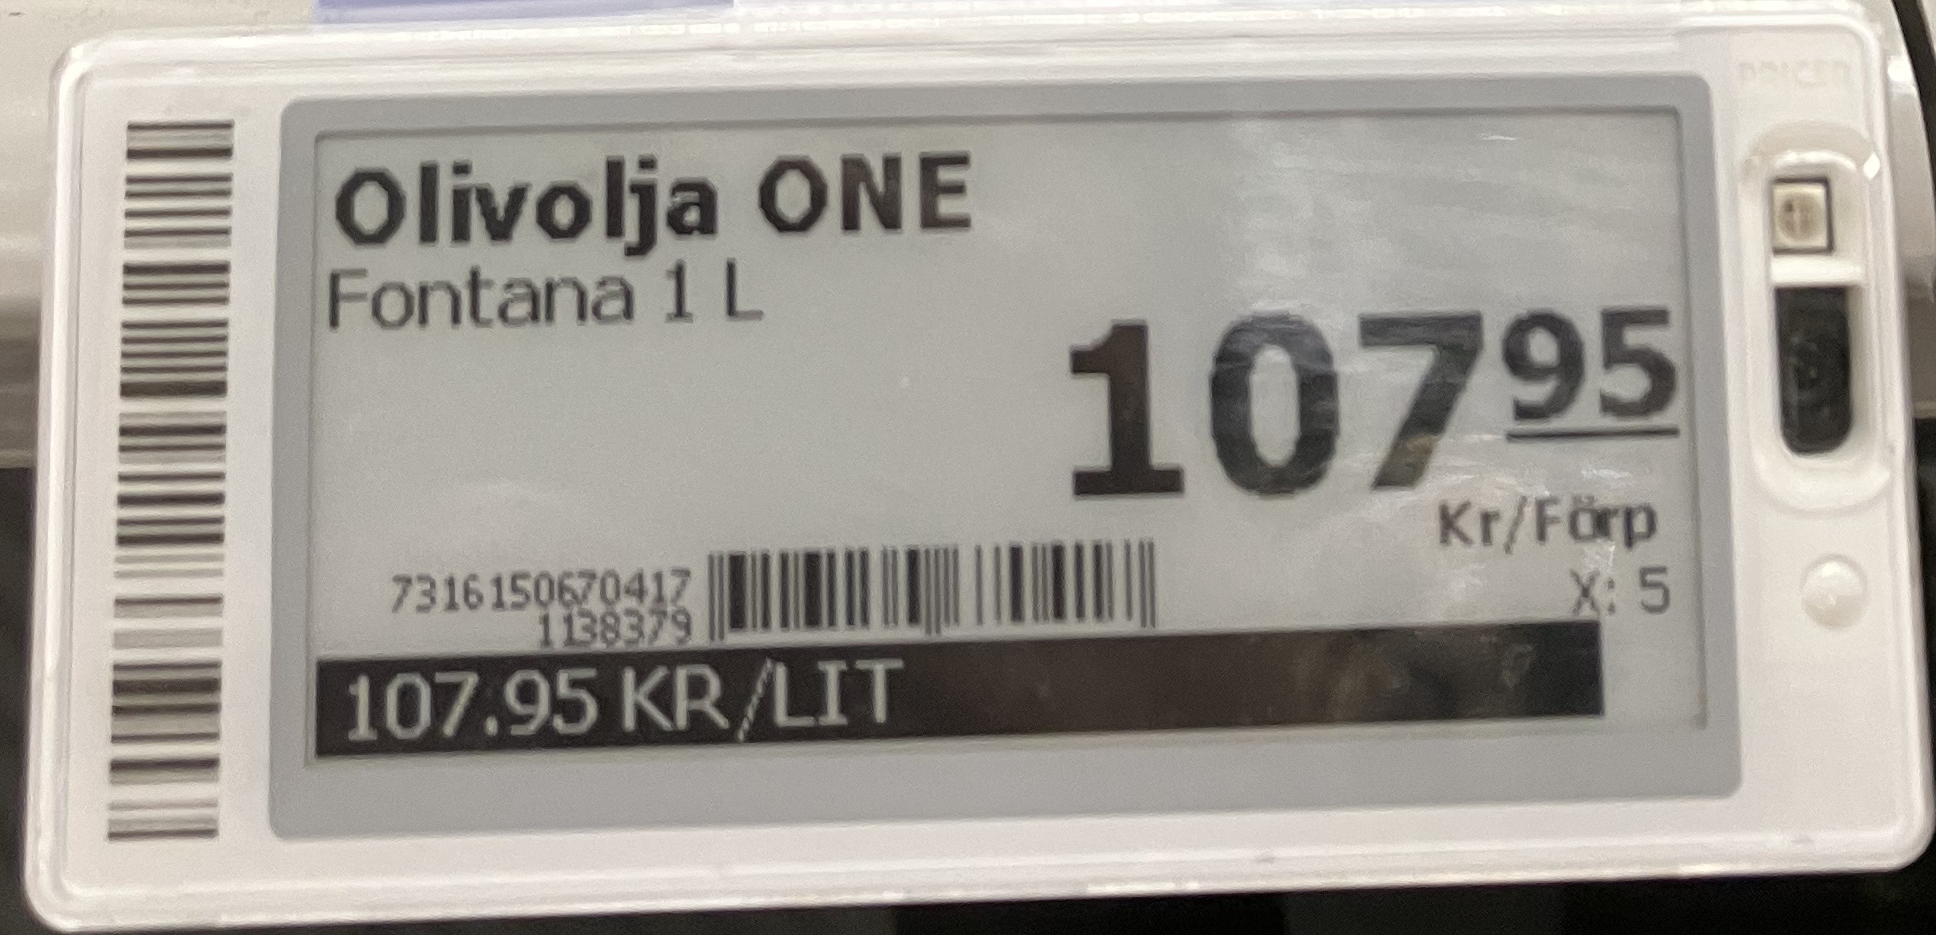
Vara: Olivolja ONE
Genomsnittspris: 107.95 per L